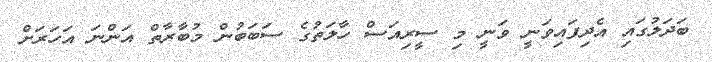
ބަދަލުގައި އެދިފައިވަނީ ވަނީ މި ސީރިއަސް ހާލަތުގެ ސަބަބުން މުބާރާތް އަންނަ އަހަރަށް